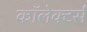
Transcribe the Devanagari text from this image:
कॉलेक्टर्स